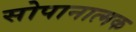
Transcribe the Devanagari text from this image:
सोपानात्मक